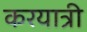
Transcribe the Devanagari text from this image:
करयात्री